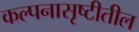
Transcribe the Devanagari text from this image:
कल्पनासृष्टीतील